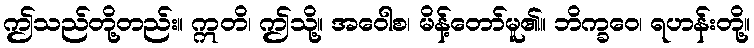
ဤသည်တို့တည်း။ ဣတိ၊ ဤသို့။ အဝေါစ၊ မိန့်တော်မူ၏။ ဘိက္ခဝေ၊ ရဟန်းတို့။